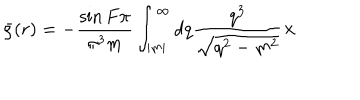
LaTeX: \bar { \rho } ( r ) = - \frac { \sin F \pi } { { \pi } ^ { 3 } m } \int _ { | m | } ^ { \infty } d q \frac { q ^ { 3 } } { \sqrt { q ^ { 2 } - m ^ { 2 } } } \times